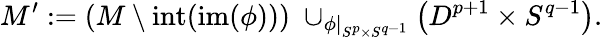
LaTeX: M^{\prime}:=\left(M\setminus\operatorname{int}(\operatorname{im}(\phi))\right)\; \cup_{\phi|_{S^{p}\times S^{q-1}}}\left(D^{p+1}\times S^{q-1}\right).